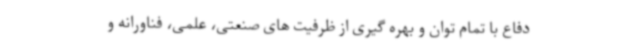
دفاع با تمام توان و بهره گیری از ظرفیت های صنعتی، علمی، فناورانه و